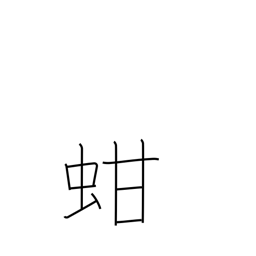
Meaning: ark shell